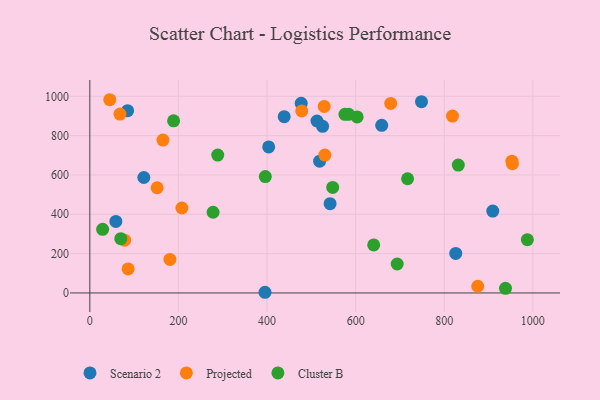
{"axis": {"x": "Speed", "y": "Demand"}, "legend": ["Cluster B", "Projected", "Scenario 2"], "data": [{"x": "58.8", "y": 363.9, "type": "Scenario 2"}, {"x": "121.9", "y": 587.0, "type": "Scenario 2"}, {"x": "518.7", "y": 670.1, "type": "Scenario 2"}, {"x": "395.4", "y": 3.4, "type": "Scenario 2"}, {"x": "438.7", "y": 896.5, "type": "Scenario 2"}, {"x": "403.7", "y": 742.8, "type": "Scenario 2"}, {"x": "909.5", "y": 416.5, "type": "Scenario 2"}, {"x": "85.3", "y": 927.0, "type": "Scenario 2"}, {"x": "542.3", "y": 454.0, "type": "Scenario 2"}, {"x": "825.9", "y": 200.8, "type": "Scenario 2"}, {"x": "512.7", "y": 874.4, "type": "Scenario 2"}, {"x": "658.8", "y": 852.5, "type": "Scenario 2"}, {"x": "525.4", "y": 847.4, "type": "Scenario 2"}, {"x": "748.6", "y": 972.7, "type": "Scenario 2"}, {"x": "477.1", "y": 964.7, "type": "Scenario 2"}, {"x": "529.0", "y": 948.4, "type": "Projected"}, {"x": "679.1", "y": 963.7, "type": "Projected"}, {"x": "818.5", "y": 899.2, "type": "Projected"}, {"x": "530.5", "y": 701.2, "type": "Projected"}, {"x": "953.9", "y": 657.6, "type": "Projected"}, {"x": "78.6", "y": 268.6, "type": "Projected"}, {"x": "68.0", "y": 909.4, "type": "Projected"}, {"x": "86.5", "y": 121.9, "type": "Projected"}, {"x": "180.8", "y": 170.7, "type": "Projected"}, {"x": "478.3", "y": 925.7, "type": "Projected"}, {"x": "207.8", "y": 431.9, "type": "Projected"}, {"x": "165.0", "y": 777.2, "type": "Projected"}, {"x": "952.7", "y": 670.2, "type": "Projected"}, {"x": "152.0", "y": 535.0, "type": "Projected"}, {"x": "45.0", "y": 982.6, "type": "Projected"}, {"x": "875.5", "y": 34.0, "type": "Projected"}, {"x": "69.9", "y": 276.2, "type": "Cluster B"}, {"x": "938.2", "y": 23.7, "type": "Cluster B"}, {"x": "278.2", "y": 410.4, "type": "Cluster B"}, {"x": "640.7", "y": 244.2, "type": "Cluster B"}, {"x": "396.1", "y": 592.0, "type": "Cluster B"}, {"x": "693.8", "y": 147.3, "type": "Cluster B"}, {"x": "28.9", "y": 323.4, "type": "Cluster B"}, {"x": "831.7", "y": 650.5, "type": "Cluster B"}, {"x": "548.2", "y": 536.7, "type": "Cluster B"}, {"x": "288.7", "y": 700.9, "type": "Cluster B"}, {"x": "584.3", "y": 908.4, "type": "Cluster B"}, {"x": "987.6", "y": 270.7, "type": "Cluster B"}, {"x": "717.2", "y": 580.6, "type": "Cluster B"}, {"x": "603.4", "y": 895.0, "type": "Cluster B"}, {"x": "189.1", "y": 875.4, "type": "Cluster B"}, {"x": "575.8", "y": 908.6, "type": "Cluster B"}]}